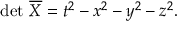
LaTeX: \operatorname* { d e t } \, { \overline { { X } } } = t ^ { 2 } - x ^ { 2 } - y ^ { 2 } - z ^ { 2 } .